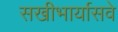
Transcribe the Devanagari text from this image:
सखीभार्यासवे